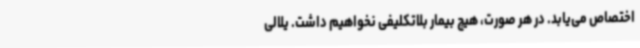
اختصاص می‌یابد. در هر صورت، هیچ بیمار بلاتکلیفی نخواهیم داشت. یلالی